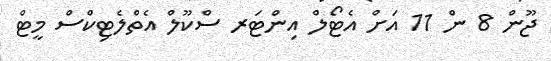
ޖޫން 8 ން 11 އަށް އެޓޯލް އިންޓަރ ސްކޫލް އެތްލެޓިކްސް މީޓް